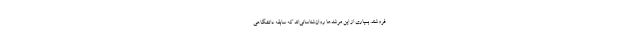
فروشند. بسیاری از این مرشدها روان‌شناسانی‌اند که سابقهٔ دانشگاهی